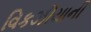
વિકઝીયાની